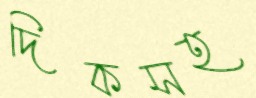
দিকসহ